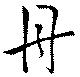
舟